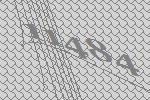
11484